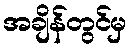
အချိန်တွင်မှ